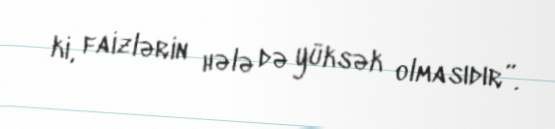
ki, faizlərin hələ də yüksək olmasıdır”.